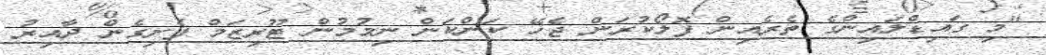
"މި ގައިޑްލައިންގެ ތެރެއިން ފޮލޯކުރަން ޖެހޭ ކަންކަން ނިމުމުން ޓޫރިޒަމް ފެށިގެން ދާއިރު